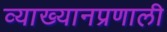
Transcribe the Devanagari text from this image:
व्याख्यानप्रणाली